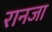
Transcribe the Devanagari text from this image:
रानजा